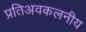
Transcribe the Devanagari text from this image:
प्रतिअवकलनीय